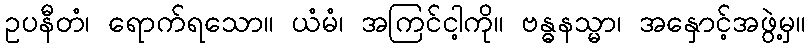
ဥပနီတံ၊ ရောက်ရသော။ ယံမံ၊ အကြင်ငါ့ကို။ ဗန္ဓနသ္မာ၊ အနှောင့်အဖွဲ့မှ။